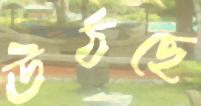
ঊঠছে